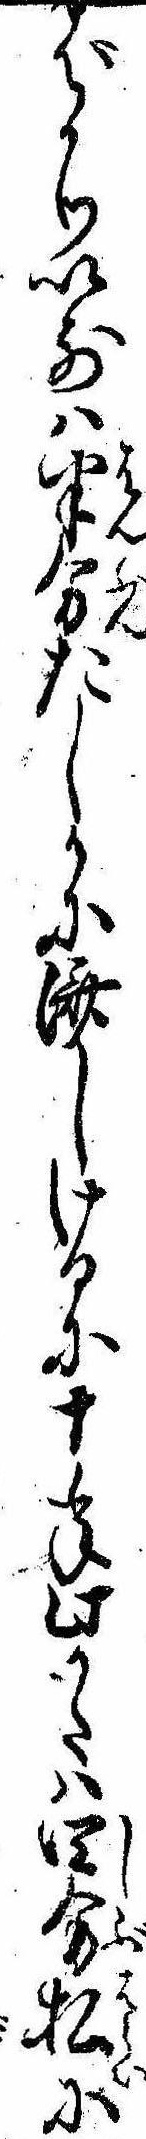
ばかり以前は半分たしかに済しけるに十年此かたは四分払に